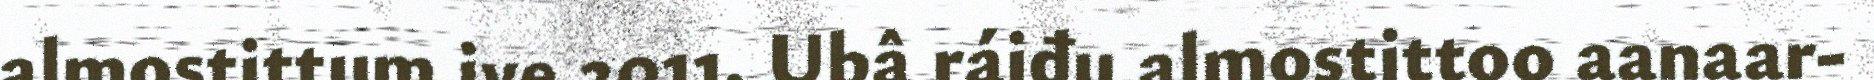
almostittum ive 2011. Ubâ ráiđu almostittoo aanaar-